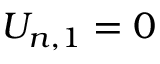
{ { U } _ { n , 1 } } = 0